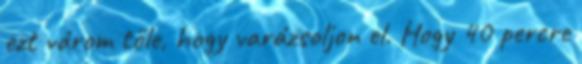
ezt várom tőle, hogy varázsoljon el. Hogy 40 percre